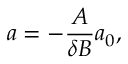
a = - \frac { A } { \delta B } a _ { 0 } ,